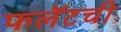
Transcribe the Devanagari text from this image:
फलॅटची